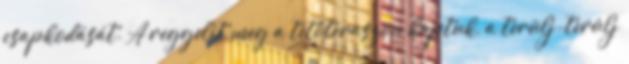
csapkodását. A reggelit meg a tetőteraszon kaptuk, a terülj-terülj